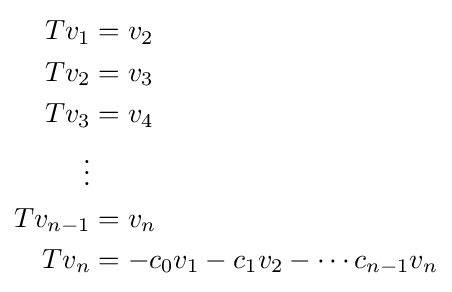
{\begin{aligned}Tv_{1}&=v_{2}\\Tv_{2}&=v_{3}\\Tv_{3}&=v_{4}\\\vdots &\\Tv_{n-1}&=v_{n}\\Tv_{n}&=-c_{0}v_{1}-c_{1}v_{2}-\cdots c_{n-1}v_{n}\end{aligned}}